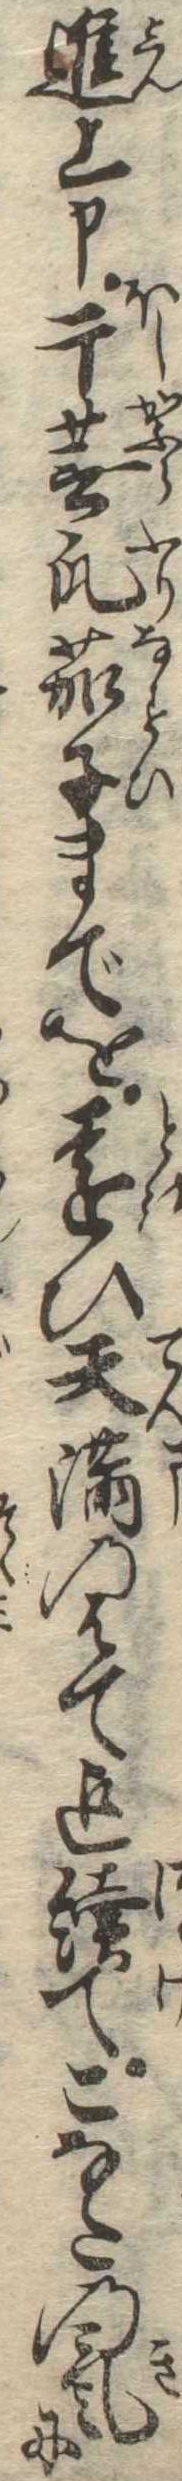
進上申干蕪瓜茄子までを遠ひ天満のはて迄続てこなたの気に